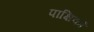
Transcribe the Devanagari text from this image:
पाक्षिकों